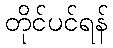
တိုင်ပင်ရန်